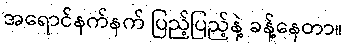
အရောင်နက်နက် ပြည့်ပြည့်နဲ့ ခန့်နေတာ။